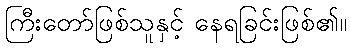
ကြီးတော်ဖြစ်သူနှင့် နေရခြင်းဖြစ်၏။